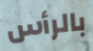
بالرأس